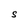
Character: S